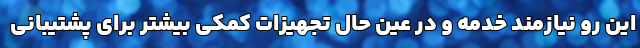
این رو نیازمند خدمه و در عین حال تجهیزات کمکی بیشتر برای پشتیبانی